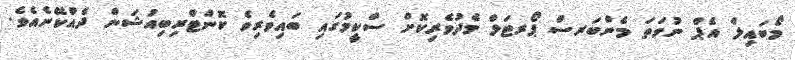
މޯބައިލް އެޕް ނުވަތަ މެންބަރސް ޕޯރޓަލް މެދުވެރިކޮށް ސްކީމުގައި ބައިވެރިވެ ކޮންޓްރިބިއުޝަން ދެއްކޭނެއެވެ.